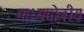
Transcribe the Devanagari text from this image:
माध्यगोलीय